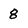
Character: 8